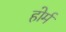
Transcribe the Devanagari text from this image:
होर्म